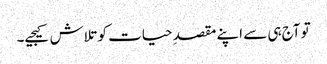
تو آج ہی سے اپنے مقصدِ حیات کو تلاش کیجیے۔